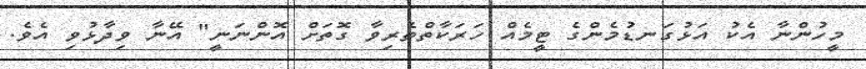
މީހުންނާ އެކު އަޅުގަނޑުމެންގެ ޓީމެއް ހަރަކާތްތެރިވާ ގޮތަށް އޮންނަނީ" އޭނާ ވިދާޅުވި އެވެ.